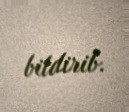
bildirib.